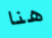
هنا